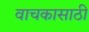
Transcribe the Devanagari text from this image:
वाचकासाठी